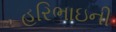
હરિભાઇની